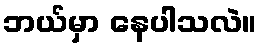
ဘယ်မှာ နေပါသလဲ။